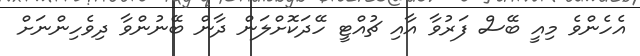
އެހެންވެ މިއީ ބޭސް ފަރުވާ އާއި ޗުއްޓީ ހޭދަކޮށްލަން ދާން ބޭނުންވާ ދިވެހިންނަށް